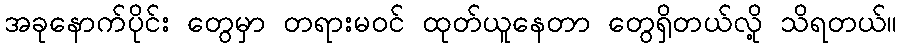
အခုနောက်ပိုင်း တွေမှာ တရားမဝင် ထုတ်ယူနေတာ တွေရှိတယ်လို့ သိရတယ်။